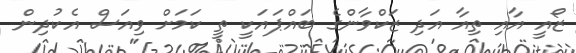
ޒޯއީ އާއި ތިއާ އަދި ޒަކްވާންގެ ބައްޕައަކީ ތީ ކަމަށް ވިއަސް އެކުދިން